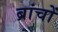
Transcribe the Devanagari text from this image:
ब्रांचों